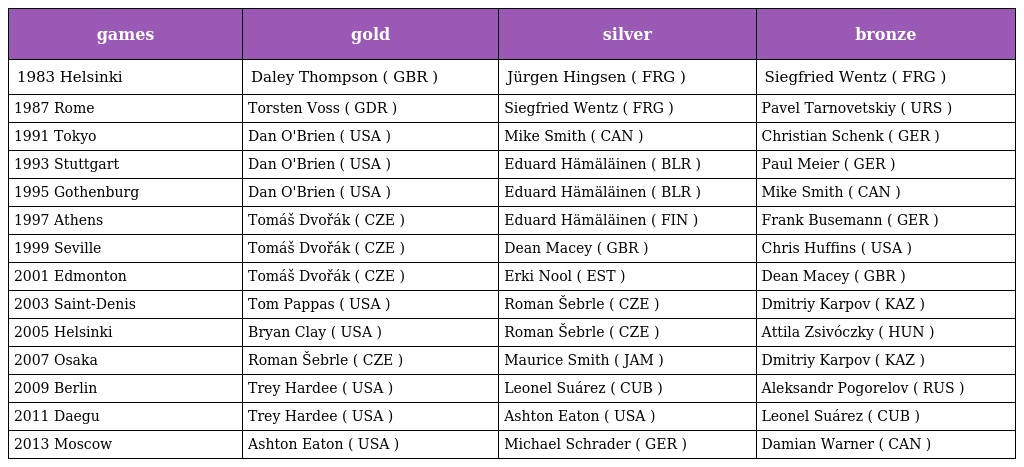
| games | gold | silver | bronze |
 | --- | --- | --- | --- |
 | 1983 Helsinki | Daley Thompson ( GBR ) | Jürgen Hingsen ( FRG ) | Siegfried Wentz ( FRG ) |
 | 1987 Rome | Torsten Voss ( GDR ) | Siegfried Wentz ( FRG ) | Pavel Tarnovetskiy ( URS ) |
 | 1991 Tokyo | Dan O'Brien ( USA ) | Mike Smith ( CAN ) | Christian Schenk ( GER ) |
 | 1993 Stuttgart | Dan O'Brien ( USA ) | Eduard Hämäläinen ( BLR ) | Paul Meier ( GER ) |
 | 1995 Gothenburg | Dan O'Brien ( USA ) | Eduard Hämäläinen ( BLR ) | Mike Smith ( CAN ) |
 | 1997 Athens | Tomáš Dvořák ( CZE ) | Eduard Hämäläinen ( FIN ) | Frank Busemann ( GER ) |
 | 1999 Seville | Tomáš Dvořák ( CZE ) | Dean Macey ( GBR ) | Chris Huffins ( USA ) |
 | 2001 Edmonton | Tomáš Dvořák ( CZE ) | Erki Nool ( EST ) | Dean Macey ( GBR ) |
 | 2003 Saint-Denis | Tom Pappas ( USA ) | Roman Šebrle ( CZE ) | Dmitriy Karpov ( KAZ ) |
 | 2005 Helsinki | Bryan Clay ( USA ) | Roman Šebrle ( CZE ) | Attila Zsivóczky ( HUN ) |
 | 2007 Osaka | Roman Šebrle ( CZE ) | Maurice Smith ( JAM ) | Dmitriy Karpov ( KAZ ) |
 | 2009 Berlin | Trey Hardee ( USA ) | Leonel Suárez ( CUB ) | Aleksandr Pogorelov ( RUS ) |
 | 2011 Daegu | Trey Hardee ( USA ) | Ashton Eaton ( USA ) | Leonel Suárez ( CUB ) |
 | 2013 Moscow | Ashton Eaton ( USA ) | Michael Schrader ( GER ) | Damian Warner ( CAN ) |